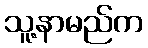
သူ့နာမည်က